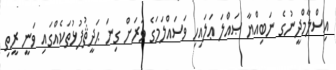
އިސްލާމްދީނުގެ ނަބިއްޔާ ޞައްލަ ޢަލައިހި ވަސައްލަމަގެ ވަރަށް ގިނަ ޙަދީޘުފުޅުތަކެއްގައި ވަނީ ރީތި